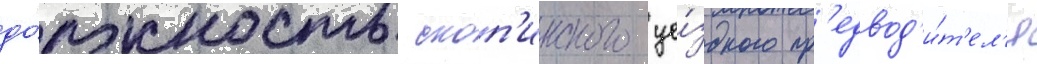
до́лжность скоп'инского уе́здного пр'едвод'и́т'ел'я